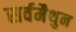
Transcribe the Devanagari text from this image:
सर्वमैथुन